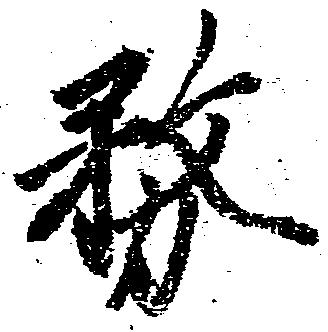
務